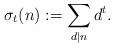
LaTeX: \begin{align*}\sigma_t(n):=\sum_{d|n} d^t.\end{align*}